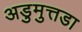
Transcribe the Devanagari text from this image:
अडुमुत्तडा